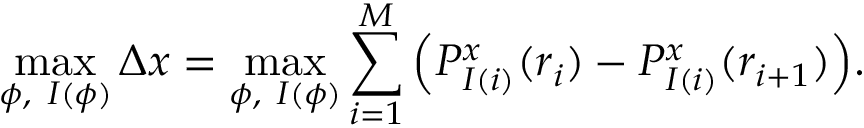
\operatorname* { m a x } _ { \phi , \ I ( \phi ) } \Delta x = \operatorname* { m a x } _ { \phi , \ I ( \phi ) } \sum _ { i = 1 } ^ { M } \Big ( P _ { I ( i ) } ^ { x } ( r _ { i } ) - P _ { I ( i ) } ^ { x } ( r _ { i + 1 } ) \Big ) .